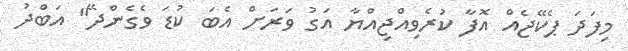
މިފަދަ ޕެކޭޖެއް އޮފާ ކުރެވިއްޖިއްޔާ އަގު ވަރަށް އެބަ ކުޑަ ވެގެންދޭ" އަބްދު